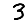
Digit: 3